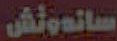
ساندوتش